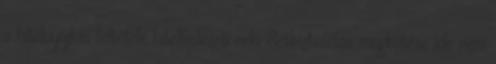
a hitelnyújtás feltétele hitelfedezeti célú életbiztosítás megkötése ide nem